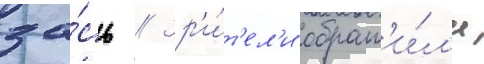
за́сь // Зр'и́т'ел'и обрат'и́л'и